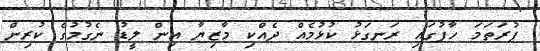
ފުރަތަމަ ހާފުގައި ރަނގަޅު ކުޅުމެއް ދެއްކި މާޒިޔާ އިން ލީޑު ނެގުމުގެ ކުރިން